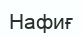
Нафиғ